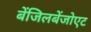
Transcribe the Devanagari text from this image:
बेंजिलबेंजोएट